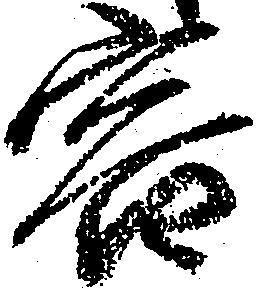
容